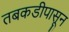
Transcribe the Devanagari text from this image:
तबकडीपासून